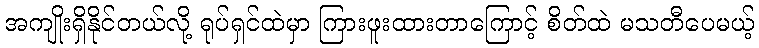
အကျိုးရှိနိုင်တယ်လို့ ရုပ်ရှင်ထဲမှာ ကြားဖူးထားတာကြောင့် စိတ်ထဲ မသတီပေမယ့်